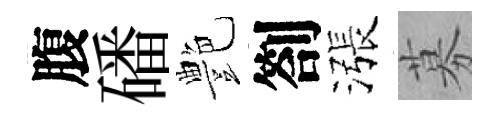
腹磻艶劄漲募